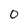
Character: 0